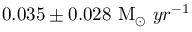
0 . 0 3 5 \pm 0 . 0 2 8 ~ \mathrm { M } _ { \odot } ~ y r ^ { - 1 }